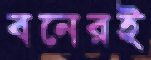
বনেরই